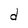
Character: d